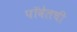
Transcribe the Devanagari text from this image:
पॉवेलची